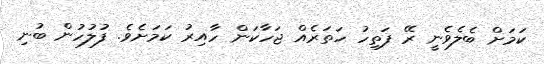
ކަމަށް ބެލެވެނީ ރޭ ފަތިހު ހަތަރެއް ޖަހާކަން ހާއިރު ކަމަށެވެ. ފުލުހުން ބުނި